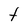
Character: t